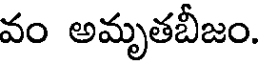
వం అమృతబీజం.